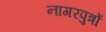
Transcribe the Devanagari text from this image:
नागरपुत्रों